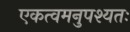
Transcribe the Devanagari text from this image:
एकत्वमनुपश्यतः